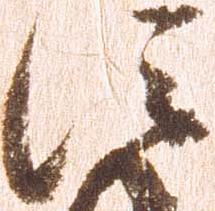
信